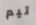
تيم